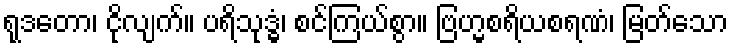
ရုဒတော၊ ငိုလျက်။ ပရိသုဒ္ဓံ၊ စင်ကြယ်စွာ။ ဗြဟ္မစရိယစရဏံ၊ မြတ်သော